Indian journal of veterinary science and animal husbandry - Volume 6,
Year: 1936
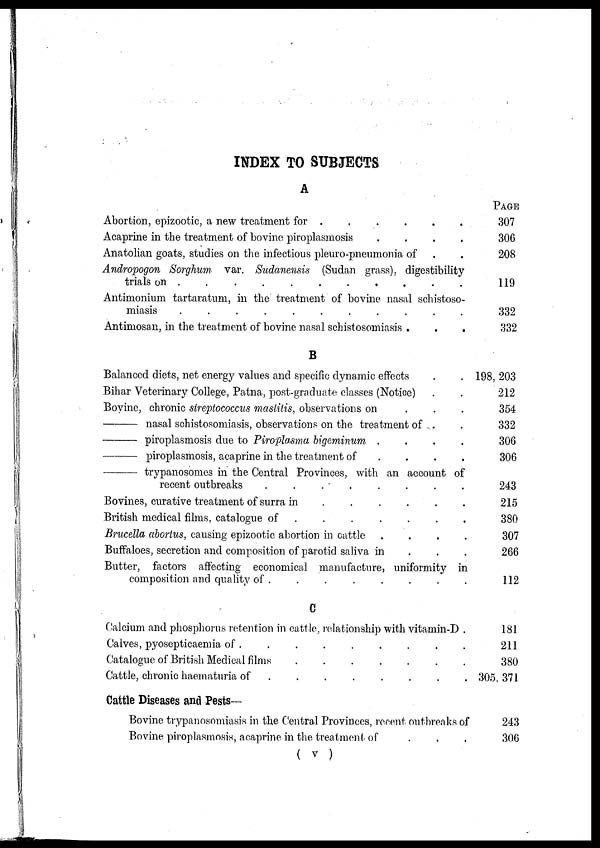
INDEX TO SUBJECTS
A
Abortion, epizootic, a new treatment for .
.
.
.
.
.
Acaprine in the treatment of bovine piroplasmosis
.
.
.
.
Anatolian goats, studies on the infectious pleuro-pneumonia of
Andropogon Sorghum var. Sudanensis (Sudan grass), digestibility
trials on
..........
Antimonium tartaratum, in the treatment of bovine nasal schistoso-
miasis
...........
Antimosan, in the treatment of bovine nasal schistosomiasis .
B
Balanced diets, net energy values and specific dynamic effects
.
.
Bihar Veterinary College, Patna, post-graduate classes (Notice)
Bovine, chronic streptococcus mastitis, observations on
—nasal
schistosomiasis, observations on the treatment of ...
—piroplasmosis
due to Piroplasma bigeminum
.
.
.
.
—piroplasmosis,
acaprine in the treatment of .
.
.
.
—
trypanosomes in the Central Provinces, with an account of
recent outbreaks
........
Bovines, curative treatment of surra in
.
.
.
.
.
.
British medical films, catalogue of ......
.
Brucella abortus, causing epizootic abortion in cattle
.
.
.
.
Buffaloes, secretion and composition of parotid saliva in
Butter, factors affecting economical manufacture, uniformity in
composition and quality of .
C
Calcium and phosphorus retention in cattle, relationship with vitamin-D .
Calves, pyosepticaemia of .
Catalogue of British Medical films
.......
Cattle, chronic haematuria of
.......
Cattle Diseases and Pests-
Bovine trypanosomiasis in the Central Provinces, recent outbreaks of
Bovine piroplasmosis, acaprine in the treatment of
.
.
.
PAGE
307
306
208
119
332
332
198, 203
212
354
332
306
306
243
215
380
307
266
112
181
211
380
305, 371
243
306
( v )